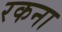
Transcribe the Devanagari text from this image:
रकना